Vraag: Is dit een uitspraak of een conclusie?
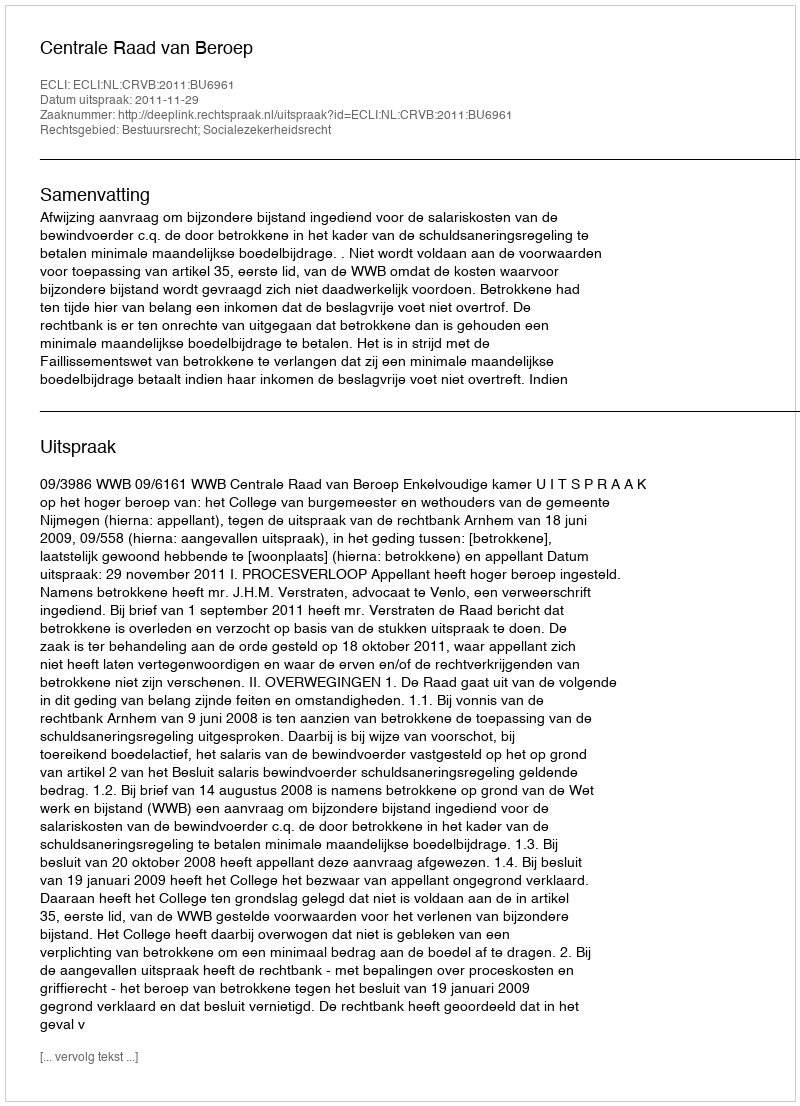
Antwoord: Uitspraak